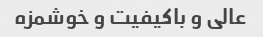
عالی و باکیفیت و خوشمزه